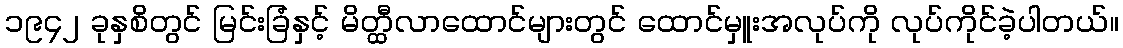
၁၉၄၂ ခုနှစိတွင် မြင်းခြံနှင့် မိတ္ထီလာထောင်များတွင် ထောင်မှူးအလုပ်ကို လုပ်ကိုင်ခဲ့ပါတယ်။